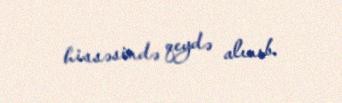
hissəsində qeydə alınıb.